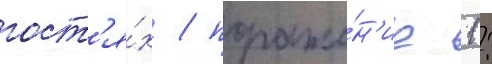
гост'я́х / пораже́н'ие 1: